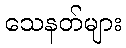
သေနတ်များ